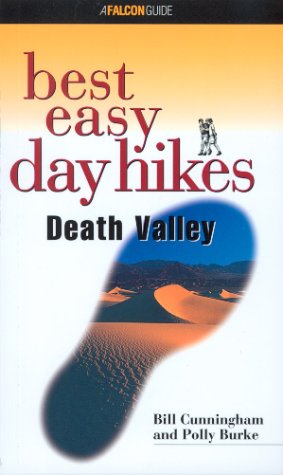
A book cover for Best Easy Day Hikes Death Valley (Best Easy Day Hikes Series); Bill Cunningham; Travel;